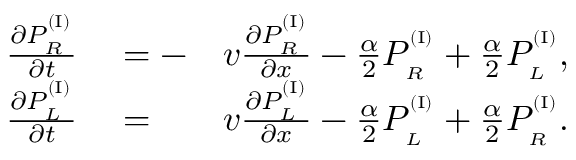
\begin{array} { r l r } { \frac { \partial P _ { _ R } ^ { ^ { ( \mathrm { I } ) } } } { \partial t } } & { { } = - } & { v \frac { \partial P _ { _ R } ^ { ^ { ( \mathrm { I } ) } } } { \partial x } - \frac { \alpha } { 2 } P _ { _ R } ^ { ^ { ( \mathrm { I } ) } } + \frac { \alpha } { 2 } P _ { _ L } ^ { ^ { ( \mathrm { I } ) } } , } \\ { \frac { \partial P _ { _ L } ^ { ^ { ( \mathrm { I } ) } } } { \partial t } } & { { } = } & { v \frac { \partial P _ { _ L } ^ { ^ { ( \mathrm { I } ) } } } { \partial x } - \frac { \alpha } { 2 } P _ { _ L } ^ { ^ { ( \mathrm { I } ) } } + \frac { \alpha } { 2 } P _ { _ R } ^ { ^ { ( \mathrm { I } ) } } . } \end{array}